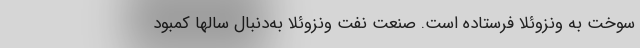
سوخت به ونزوئلا فرستاده است. صنعت نفت ونزوئلا به‌دنبال سالها کمبود